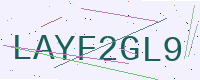
Text: LAYF2GL9